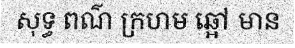
សុទ្ធ ពណ៌ ក្រហម ឆ្អៅ មាន